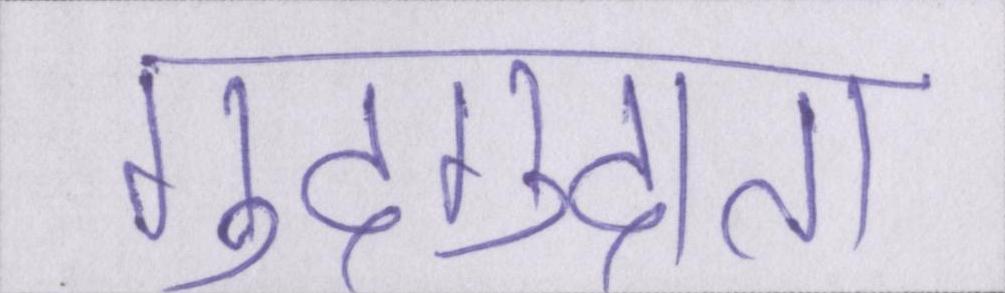
गुदगुदाता